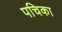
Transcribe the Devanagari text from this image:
पचिका